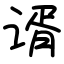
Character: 谞